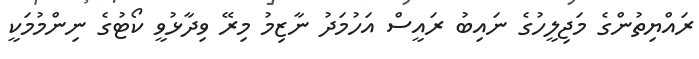
ރައްޔިތުންގެ މަޖިލީހުގެ ނައިބު ރައީސް އަހުމަދު ނާޒިމު މިރޭ ވިދާޅުވީ ކޯޓުގެ ނިންމުމަކީ